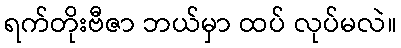
ရက်တိုးဗီဇာ ဘယ်မှာ ထပ် လုပ်မလဲ။